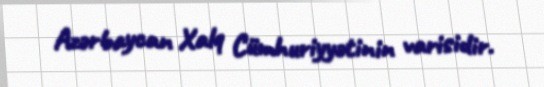
Azərbaycan Xalq Cümhuriyyətinin varisidir.